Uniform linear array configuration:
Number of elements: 4
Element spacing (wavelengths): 0.25
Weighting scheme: hamming
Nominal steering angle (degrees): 60
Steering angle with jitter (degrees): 60.702
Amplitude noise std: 0.05
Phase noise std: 0.05

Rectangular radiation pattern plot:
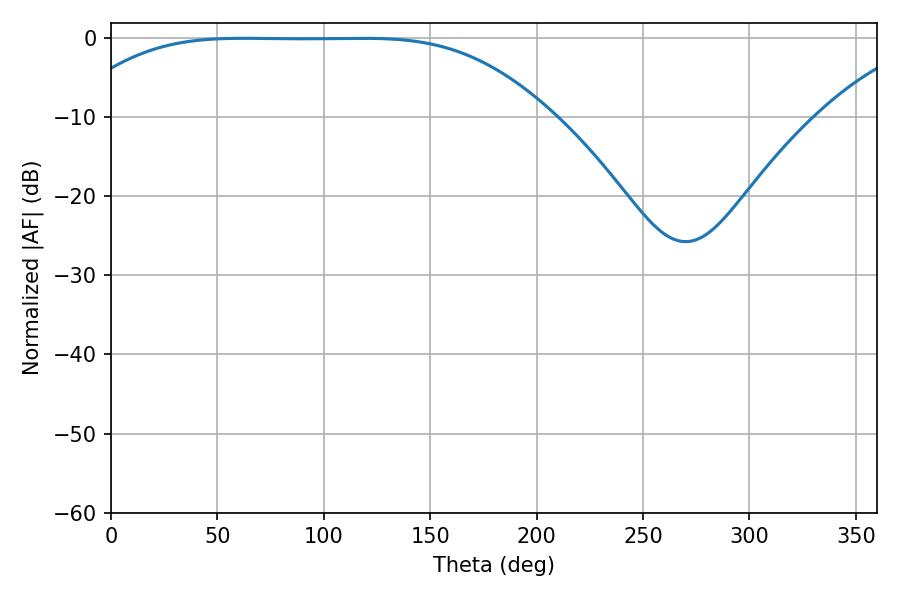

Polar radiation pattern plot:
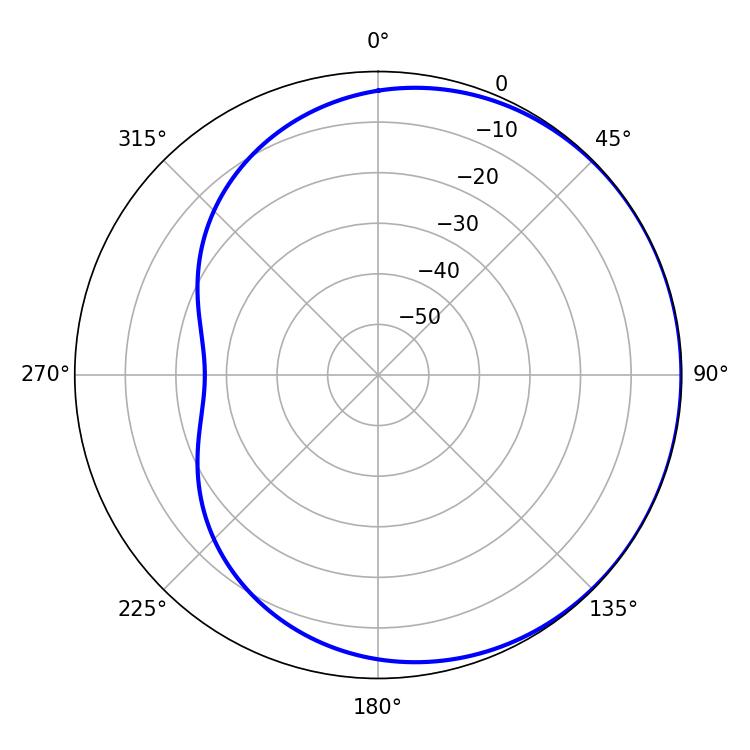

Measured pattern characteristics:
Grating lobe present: FALSE
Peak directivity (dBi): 0.4526
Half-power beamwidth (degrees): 169.2
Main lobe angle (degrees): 62.46